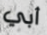
أبي